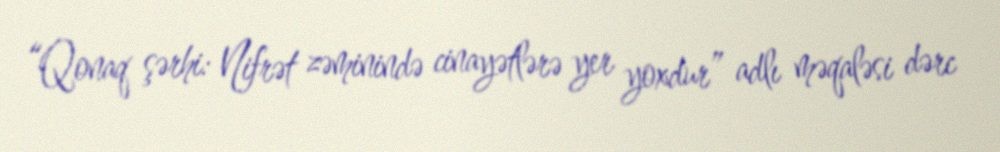
“Qonaq şərhi: Nifrət zəminində cinayətlərə yer yoxdur” adlı məqaləsi dərc